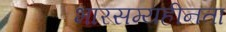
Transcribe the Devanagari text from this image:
भारसम्यहीनता